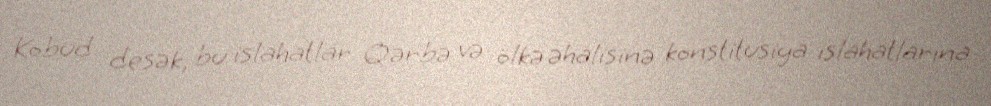
Kobud desək, bu islahatlar Qərbə və ölkə əhalisinə konstitusiya islahatlarına